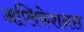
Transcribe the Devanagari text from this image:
अप्लिकेशनस